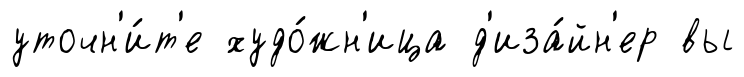
уточн'и́т'е худо́жн'ица д'иза́йн'ер вы